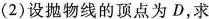
(2)设抛物线的顶点为D，求